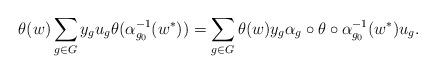
LaTeX: \begin{align*} \theta(w) \sum_{g \in G} y_g u_g \theta (\alpha_{g_0}^{-1}(w^*)) = \sum_{g \in G} \theta(w) y_g \alpha_g \circ \theta \circ \alpha_{g_0}^{-1}(w^*) u_g .\end{align*}